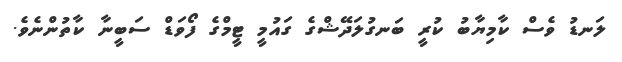
ލަނޑު ވެސް ކާމިޔާބު ކުރީ ބަނގުލަދޭޝްގެ ގައުމީ ޓީމްގެ ފޯވަޑް ސަބީނާ ކާތުންނެވެ.